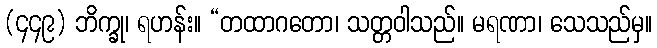
(၄၄၉) ဘိက္ခု၊ ရဟန်း။ “တထာဂတော၊ သတ္တဝါသည်။ မရဏာ၊ သေသည်မှ။